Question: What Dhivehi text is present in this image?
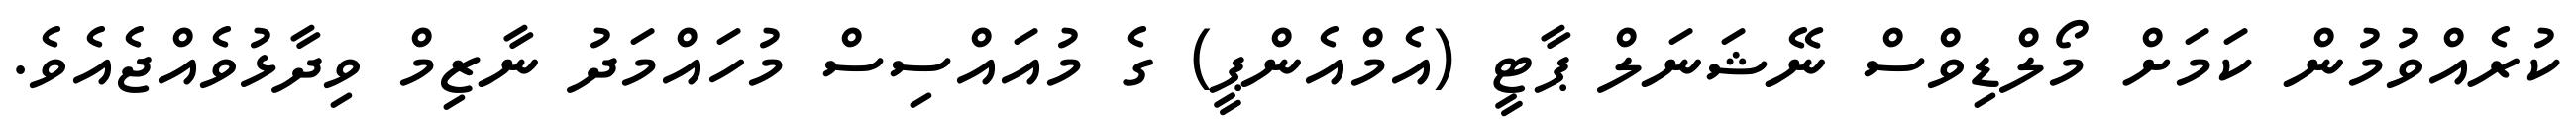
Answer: ކުރެއްވުމުން ކަމަށް މޯލްޑިވްސް ނޭޝަނަލް ޕާޓީ (އެމްއެންޕީ) ގެ މުއައްސިސް މުހައްމަދު ނާޒިމް ވިދާޅުވެއްޖެއެވެ.